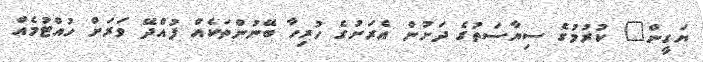
ޔަގީން" ކުރުމުގެ ސިޔާސަތުގެ ދަށުން އެރަށުގެ ހުރިހާ ބޭނުންތަކެއް ފުއްދޭ ވަރަށް ހުއްޓުމެއް